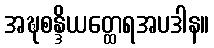
အဍ္ဎစန္ဒိယတ္ထေရအပဒါန။